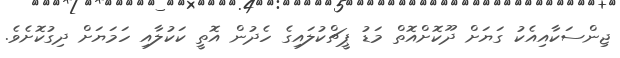
ޖިންސަކާއިއެކު ގަޔަށް ދޫކޮށްއޮތް މަޑު ޕީޗްކުލައިގެ ހެދުން އޮތީ ކަކުލާއި ހަމަޔަށް ދިގުކޮށެވެ.